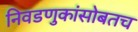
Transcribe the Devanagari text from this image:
निवडणुकांसोबतच